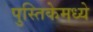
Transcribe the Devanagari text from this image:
पुस्तिकेमध्ये